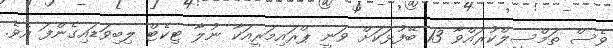
ވެސް ތަމްސީލްކުރައްވާ 13 ބޭފުޅަކަށް ވަނީ ޕްރައިމަރީއަކާ ނުލާ ޓިކެޓް ލިބިވަޑައިގެންފަ އެވެ.